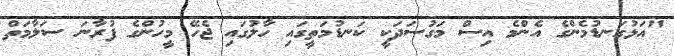
"އަޅުގަނޑުމެންގެ އެންމެ އިސް މަގުސަދަކީ ކަނޑުމަތީގައި ހާލުގައި ޖެހޭ މީހުންގެ ފުރާނަ ސަލާމަތް